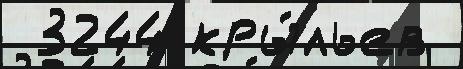
 3244 кры́льев